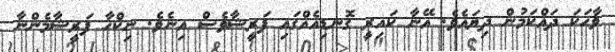
ވާހަކަ ދައްކަމުން ދިޔައެވެ. އޭނާ ކައިރީ ގޮނޑިއެއްގައި ފަރީޝާވެސް އިނެވެ. ނިކްހާ ފަރީޝާމެންނާ